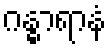
ဂန္ဓာရာနံ